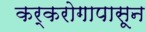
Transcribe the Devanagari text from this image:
कर्करोगापासून